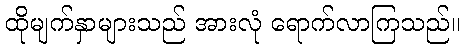
ထိုမျက်နှာများသည် အားလုံ ရောက်လာကြသည်။